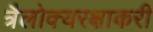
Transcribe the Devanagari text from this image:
त्रैलोक्यरक्षाकरी